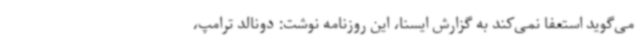
می‌گوید استعفا نمی‌کند به گزارش ایسنا، این روزنامه نوشت: دونالد ترامپ،